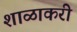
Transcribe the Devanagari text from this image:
शाळाकरी